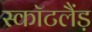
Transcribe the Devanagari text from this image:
स्कॉटलैंड़